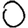
Digit: 0